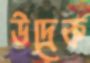
উদ্রেক